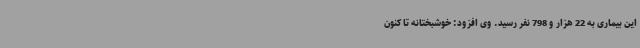
این بیماری به 22 هزار و 798 نفر رسید. وی افزود: خوشبختانه تا کنون